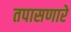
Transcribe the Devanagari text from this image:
तपासणारे